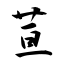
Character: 荁